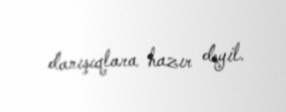
danışıqlara hazır deyil.